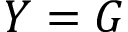
Y = G